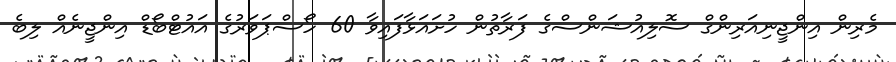
މެރިން އިންޖީނިއަރިންގް ސޮލިއުޝަންސްގެ ފަރާތުން ހުށައަޅާފައިވާ 60 ހޯސްޕަވަރުގެ އައުޓްބޯޑް އިންޖީނެއް ލިބެ